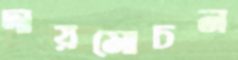
দায়মোচন